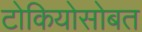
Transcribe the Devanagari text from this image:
टोकियोसोबत